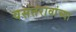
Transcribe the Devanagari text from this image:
वसंतरावांच्‍या